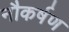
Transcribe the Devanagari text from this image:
नौकर्षण